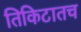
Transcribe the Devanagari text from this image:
तिकिटातच